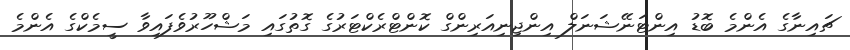
ޗައިނާގެ އެންމެ ބޮޑު އިންޓަނޭޝަނަލް އިންޖިނިއަރިންގް ކޮންޓްރެކްޓަރުގެ ގޮތުގައި މަޝްހޫރުވެފައިވާ ސީމެކްގެ އެންމެ